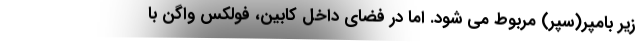
زیر بامپر(سپر) مربوط می شود. اما در فضای داخل کابین، فولکس واگن با